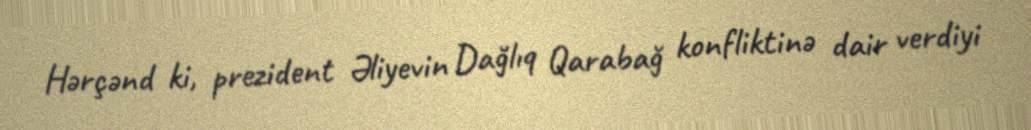
Hərçənd ki, prezident Əliyevin Dağlıq Qarabağ konfliktinə dair verdiyi